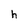
Character: h